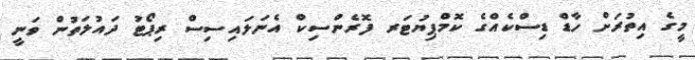
މީގެ އިތުރަށް ހާޑް ޑިސްކެއްގެ ކޮމްޕިޔުޓަރ ފޮރެންސިކް އެނަލައިސިސް ރިޕޯޓު ދައުލަތުން ވަނީ